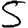
Digit: 5